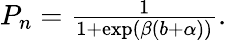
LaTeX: \begin{array}{r}{P_{n}=\frac{1}{1+\exp(\beta(b+\alpha))}.}\end{array}